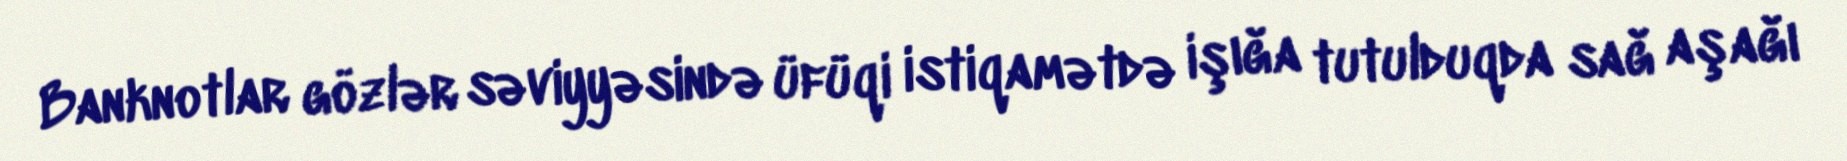
Banknotlar gözlər səviyyəsində üfüqi istiqamətdə işığa tutulduqda sağ aşağı